system: You are a helpful assistant.
user:
Analyze the provided spectrum to determine if it is a **M-type Giant (gM)**.

A M-type Giant spectrum is defined by its **strong molecular absorption** features, particularly from **Titanium Oxide (TiO)**. You must check for one of the following mutually exclusive signatures:

- **Key Visual Indicators (Absorption-Dominated Spectrum):**

    - **(Primary):** The spectrum is dominated by strong molecular absorption from **Titanium Oxide (TiO)**. This is the **defining feature** of its M-type temperature class.
        - **(Key Bandheads):** Look for sharp, "saw-tooth" absorption valleys. The strongest are located near **~7050 Å**, **~6160 Å**, and **~5170 Å**.
        - **(Line Profile):** The "saw-tooth" morphology is critical: a **sharp, steep drop on the BLUE (short-wavelength) side** of the bandhead, followed by a gradual recovery (rising flux) towards the RED (long-wavelength) side.

    - **(Key Confirmation - Giant vs. Dwarf):** **ABSENCE** of strong **Calcium Hydride (CaH)** molecular bands. This is the primary diagnostic for *excluding* M-dwarfs.
        - **(Key Region):** The spectrum should lack the strong, broad absorption band seen in dwarfs between **~6800 Å and ~7000 Å**.

    - **(Secondary Confirmation - Giant):** A very strong and broad **Neutral Calcium (Ca I)** atomic absorption line.
        - **(Key Line):** Located at **~4226 Å**. In a giant (gM), this line is significantly deeper and broader than the same line in an M-dwarf (dM) due to low surface gravity.

    - **(Overall Spectrum):**
        - The continuum is **extremely red-sloping** (i.e., flux is very low in the blue and rises dramatically towards the red).
        - The entire spectrum appears "chopped up" by the deep TiO bands.

Think first, call **spectral_visualization_tool** if needed to examine features in detail, then provide your final answer. Your response must adhere to the following strict rules:
1.  **Overall Structure:** Your response must follow the format `<think>...</think> <tool_call>...</tool_call> (if a tool is used) <answer>...</answer>`.
2.  **Tool Usage Constraint:** You may only make **one** tool call per turn.
3.  **Final Answer Format:** In the `<answer>` tag, your conclusion must be inside a `\boxed{}` command (e.g., `\boxed{YES}` or `\boxed{NO}`), followed by your justification.

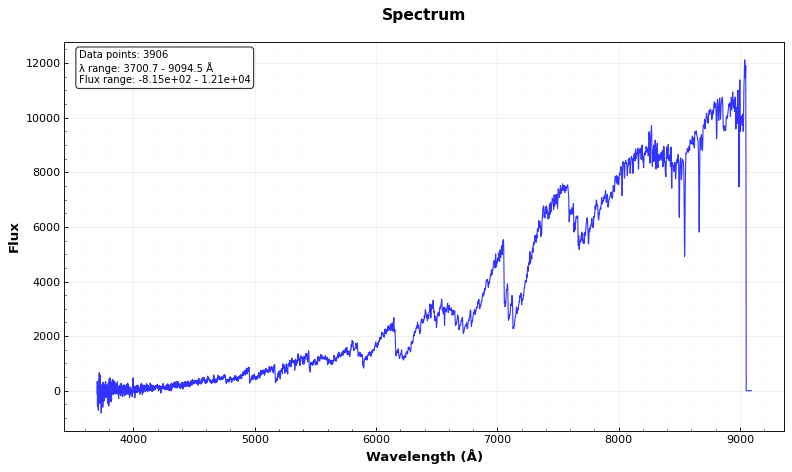
Answer: YES